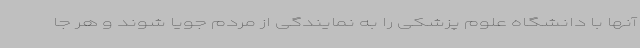
آنها با دانشگاه علوم پزشکی را به نمایندگی از مردم جویا شوند و هر جا